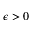
\epsilon > 0